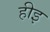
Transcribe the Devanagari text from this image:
हीइ